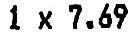
1 X 7.69